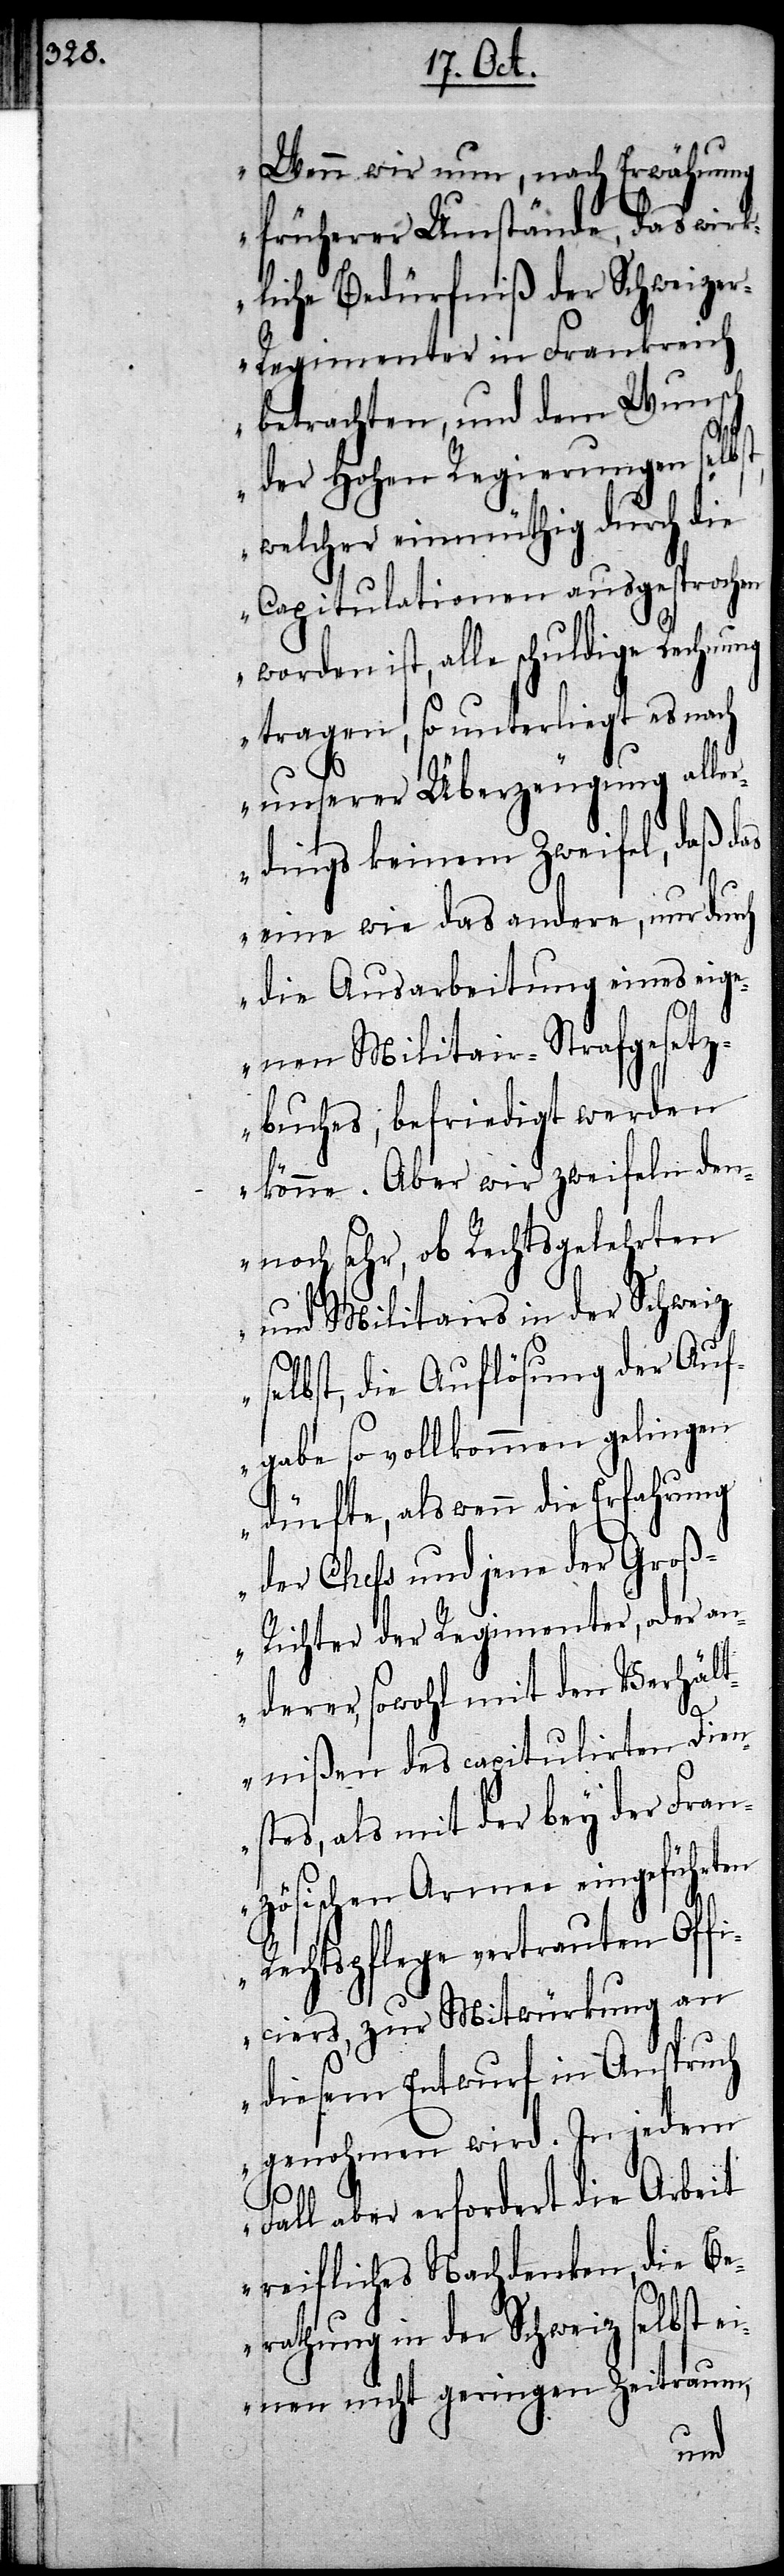
Wenn wir nun, nach Erwähnung
früherer Umstände, das wirk¬
liche Bedürfniß der Schweize¬
r-Regimenter in Frankreich
betrachten, und dem Wunsch
der Hohen Regierungen selb¬
welcher einmüthig durch die
Capitulationen ausgesprochen
worden ist, alle schuldige Rechn¬
tragen, so unterliegt es nach
unserer Überzeugung alle¬
rdings keinem Zweifel, daß das
eine wie das andere, nur durch
die Ausarbeitung eines eig¬
st,
enen Militair-Strafgesetz¬
buches, befriedigt werden
könne. Aber wir zweifeln den¬
noch sehr, ob Rechtsgelehrten
und Militairs in der Schweiz
selbst, die Auflösung der Auf¬
gabe so vollkommen gelingen
dürfte, als wenn die Erfahrung
der Chefs und jene der Gro¬
ß-Richter der Regimenter, oder an¬
derer, sowohl mit den Verhält¬
nißen des capitulirten Diens¬
tes, als mit der bey der Fran¬
zösischen Armee eingeführten
Rechtspflege vertrauten Offi¬
ciers, zur Mitwürkung an
diesem Entwurf in Anspruch
genohmen wird. In jedem
Fall aber erfordert die Arbeit
reifliches Nachdenken, die Be¬
rathung in der Schweiz selbst ei¬
nen nicht geringen Zeitraum,
ung